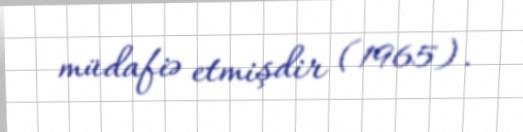
müdafiə etmişdir (1965).